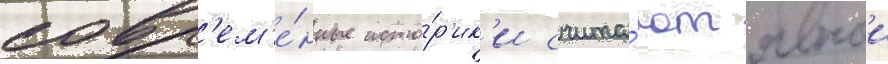
совр'ем'е́нные исто́р'ик'и счита́ют явнои